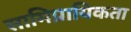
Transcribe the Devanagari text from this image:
सामिप्रायिकता